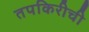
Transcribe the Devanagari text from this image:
तपकिरीची